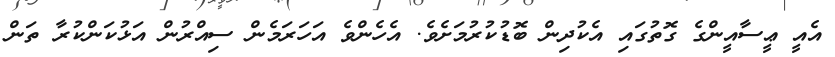
އެއީ ޢީސާއީންގެ ގޮތުގައި އެކުދިން ބޮޑުކުރުމަށެވެ. އެހެންވެ އަހަރަމެން ސިއްރުން އަޅުކަންކުރާ ތަން